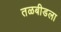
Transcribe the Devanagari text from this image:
तळबीडला